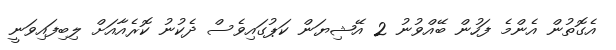
އެގޮތުން އެންމެ ފަހުން ބޭއްވުނު 2 އޭޝިޔަން ކަޕުގައިވެސް ދެކުނު ކޮރެއާއަށް ލިބިފައިވަނީ